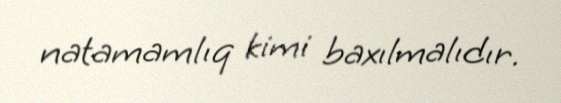
natamamlıq kimi baxılmalıdır.